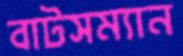
বাটসম্যান